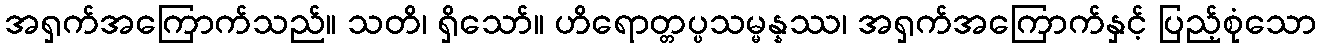
အရှက်အကြောက်သည်။ သတိ၊ ရှိသော်။ ဟိရောတ္တပ္ပသမ္မန္နဿ၊ အရှက်အကြောက်နှင့် ပြည့်စုံသော